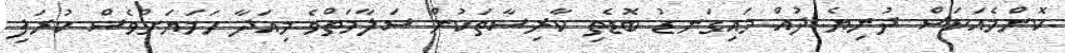
ކޮންމެއަކަސް ދުނިޔެ ދުއް މައިގަނޑު ބޮޑެތި ކާރިސާތަކުން ސަލާމަތްވެ މިއަދާ ހަމަޔަށްވެސް ކުރަފި